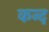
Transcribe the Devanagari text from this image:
कन्‍द